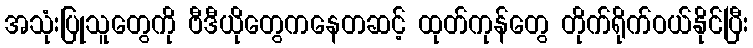
အသုံးပြုသူတွေကို ဗီဒီယိုတွေကနေတဆင့် ထုတ်ကုန်တွေ တိုက်ရိုက်ဝယ်နိုင်ပြီး